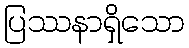
ပြဿနာရှိသော